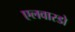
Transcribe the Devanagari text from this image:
एलवारडो